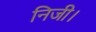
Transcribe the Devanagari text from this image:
निजी।